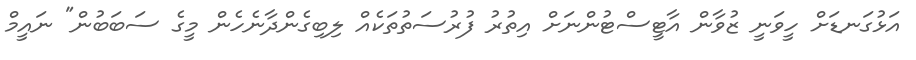
އަޅުގަނޑަށް ހީވަނީ ޒުވާން އާޓީސްޓުންނަށް އިތުރު ފުރުސަތުތަކެއް ލިބިގެންދާނެހެން މީގެ ސަބަބުން" ނައީމް